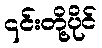
၎င်းတို့ပိုင်